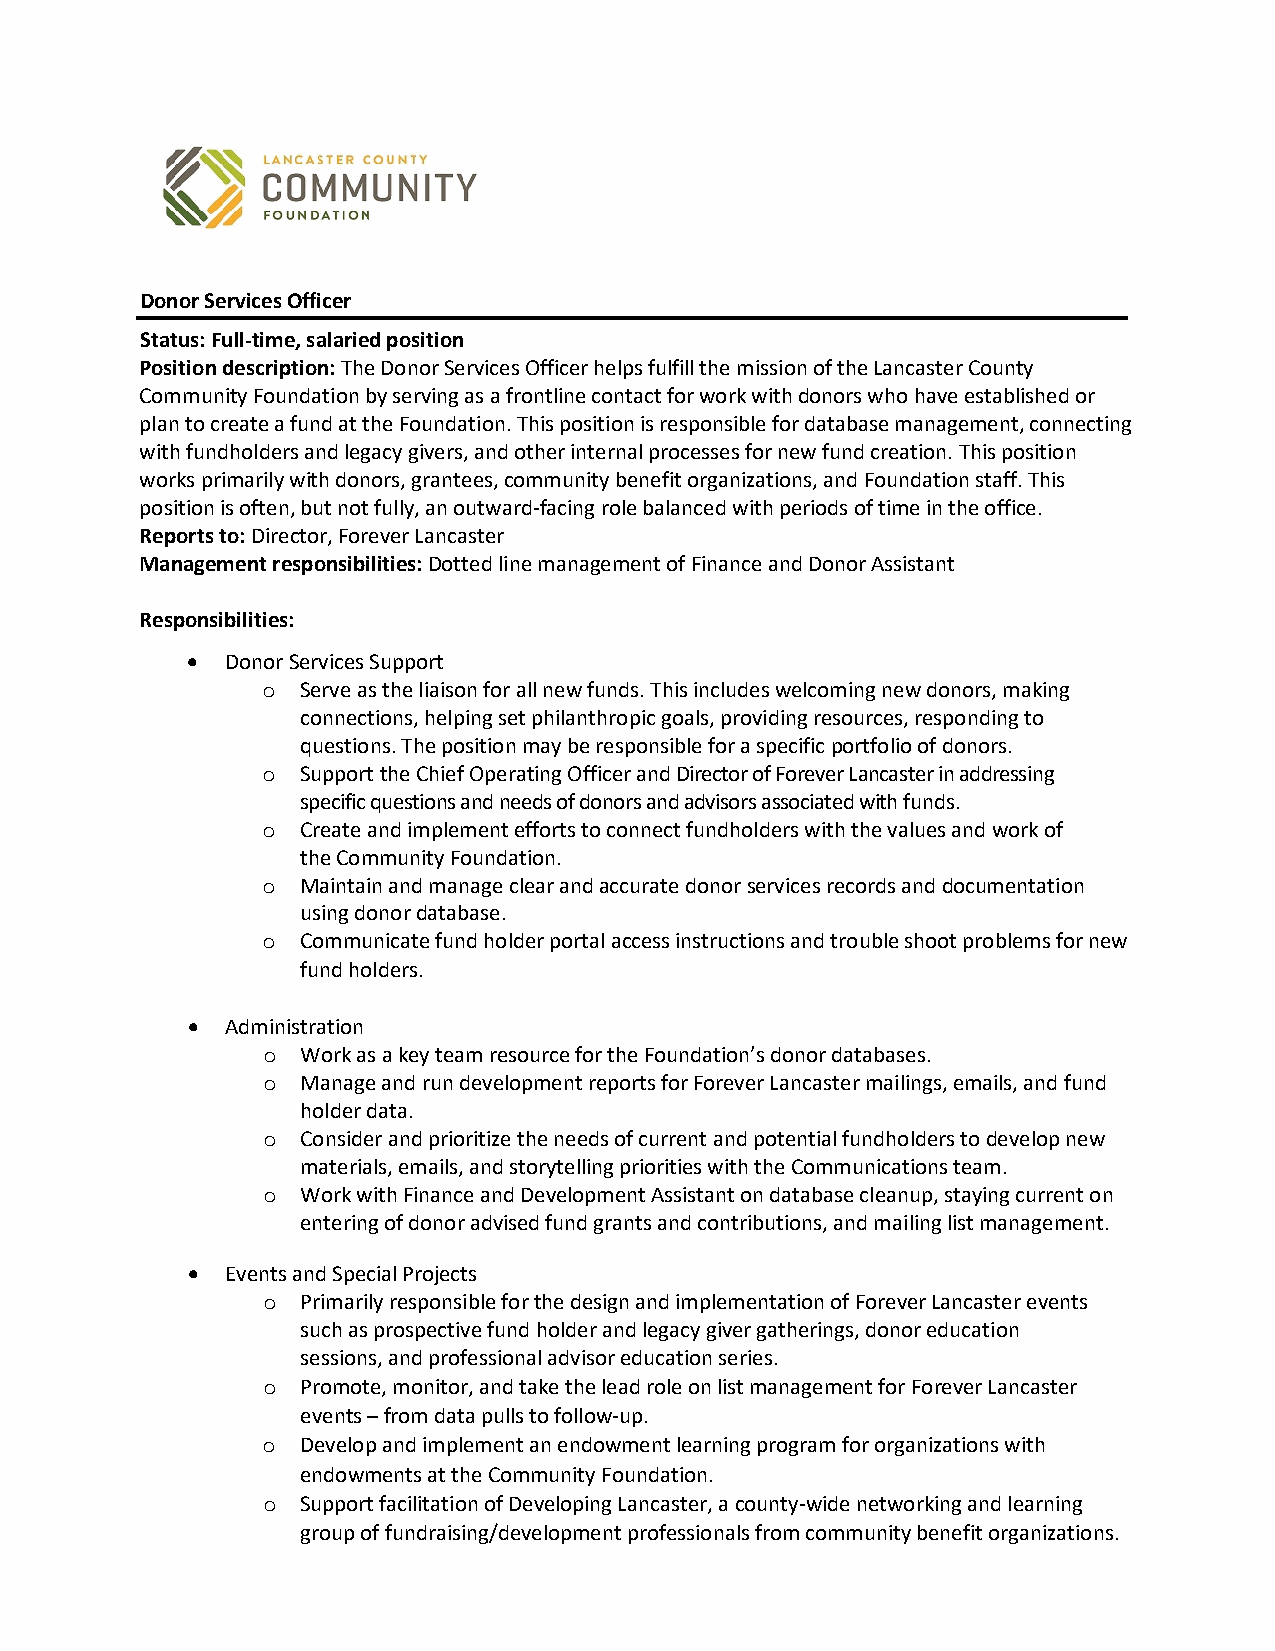
Donor Services Officer
 Status: Full-time, salaried position
 Position description: The Donor Services Officer helps fulfill the mission of the Lancaster County
 Community Foundation by serving as a frontline contact for work with donors who have established or
 plan to create a fund at the Foundation. This position is responsible for database management, connecting
 with fundholders and legacy givers, and other internal processes for new fund creation. This position
 works primarily with donors, grantees, community benefit organizations, and Foundation staff. This
 position is often, but not fully, an outward-facing role balanced with periods of time in the office.
 Reports to: Director, Forever Lancaster
 Management responsibilities: Dotted line management of Finance and Donor Assistant
 Responsibilities:
 •  Donor Services Support
 Serve as the liaison for all new funds. This includes welcoming new donors, making
 o
 connections, helping set philanthropic goals, providing resources, responding to
 questions. The position may be responsible for a specific portfolio of donors.
 Support the Chief Operating Officer and Director of Forever Lancaster in addressing
 o
 specific questions and needs of donors and advisors associated with funds.
 Create and implement efforts to connect fundholders with the values and work of
 o
 the Community Foundation.
 Maintain and manage clear and accurate donor services records and documentation
 o
 using donor database.
 Communicate fund holder portal access instructions and trouble shoot problems for new
 o
 fund holders.
 •  Administration
 Work as a key team resource for the Foundation’s donor databases.
 o
 Manage and run development reports for Forever Lancaster mailings, emails, and fund
 o
 holder data.
 Consider and prioritize the needs of current and potential fundholders to develop new
 o
 materials, emails, and storytelling priorities with the Communications team.
 Work with Finance and Development Assistant on database cleanup, staying current on
 o
 entering of donor advised fund grants and contributions, and mailing list management.
 •  Events and Special Projects
 Primarily responsible for the design and implementation of Forever Lancaster events
 o
 such as prospective fund holder and legacy giver gatherings, donor education
 sessions, and professional advisor education series.
 Promote, monitor, and take the lead role on list management for Forever Lancaster
 o
 events – from data pulls to follow-up.
 Develop and implement an endowment learning program for organizations with
 o
 endowments at the Community Foundation.
 Support facilitation of Developing Lancaster, a county-wide networking and learning
 o
 group of fundraising/development professionals from community benefit organizations.